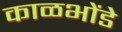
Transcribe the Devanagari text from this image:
काळभोंडे